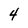
Character: 4